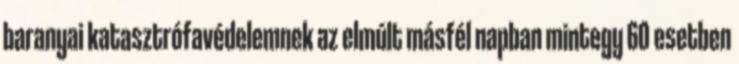
baranyai katasztrófavédelemnek az elmúlt másfél napban mintegy 60 esetben